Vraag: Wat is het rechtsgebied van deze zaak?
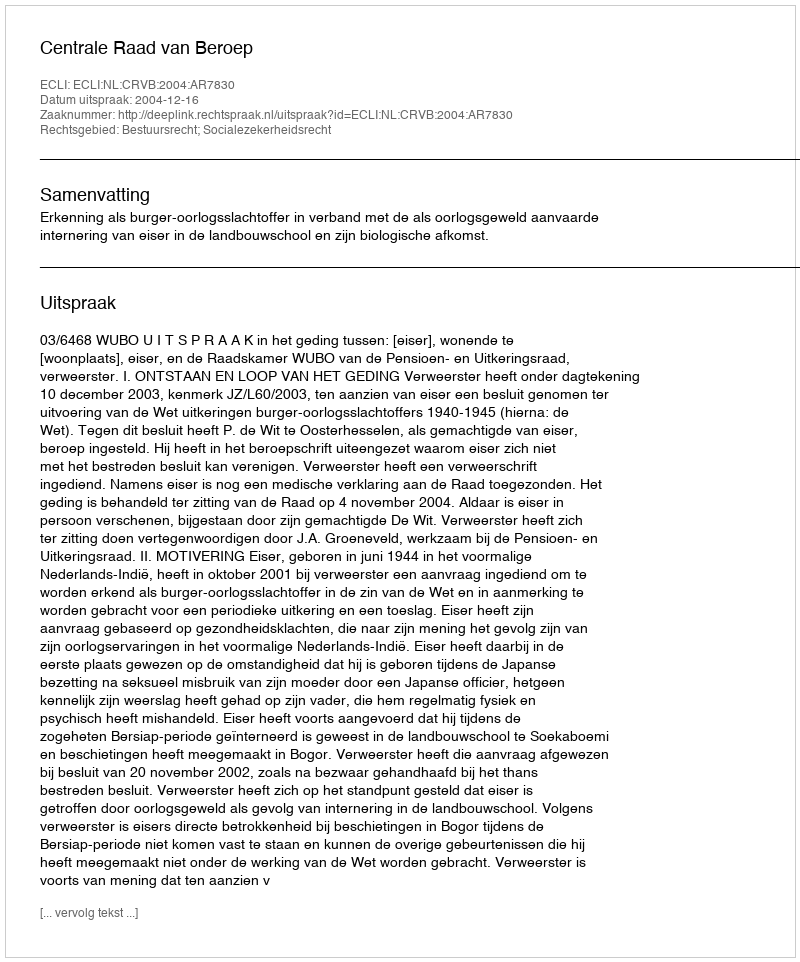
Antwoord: Bestuursrecht; Socialezekerheidsrecht